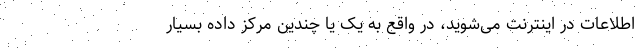
اطلاعات در اینترنت می‌شوید، در واقع به یک یا چندین مرکز داده بسیار